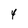
Character: 4